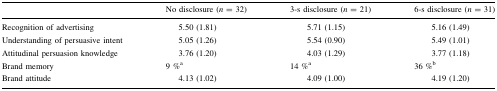
<table><thead><tr><td></td><td><b>No disclosure (<i>n</i> = 32)</b></td><td><b>3-s disclosure (<i>n</i> = 21)</b></td><td><b>6-s disclosure (<i>n</i> = 31)</b></td></tr></thead><tbody><tr><td>Recognition of advertising</td><td>5.50 (1.81)</td><td>5.71 (1.15)</td><td>5.16 (1.49)</td></tr><tr><td>Understanding of persuasive intent</td><td>5.05 (1.26)</td><td>5.54 (0.90)</td><td>5.49 (1.01)</td></tr><tr><td>Attitudinal persuasion knowledge</td><td>3.76 (1.20)</td><td>4.03 (1.29)</td><td>3.77 (1.18)</td></tr><tr><td>Brand memory</td><td>9 %<sup>a</sup></td><td>14 %<sup>a</sup></td><td>36 %<sup>b</sup></td></tr><tr><td>Brand attitude</td><td>4.13 (1.02)</td><td>4.09 (1.00)</td><td>4.19 (1.20)</td></tr></tbody></table>